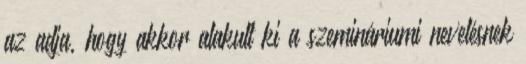
az adja, hogy akkor alakult ki a szemináriumi nevelésnek